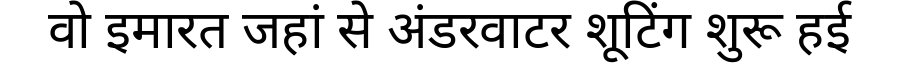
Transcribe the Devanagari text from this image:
वो इमारत जहां से अंडरवाटर शूटिंग शुरू हई